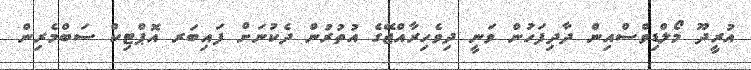
އުރީދޫ މޯލްޑިވްސްއިން ދާދިފަހުން ވަނީ ދިވެހިރާއްޖޭގެ އުތުރުން ދެކުނަށް ފައިބަރ އޮޕްޓިކް ސަބްމެރިން